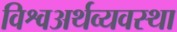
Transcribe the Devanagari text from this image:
विश्वअर्थव्यवस्था